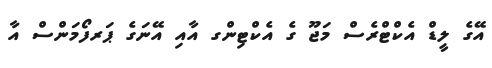
އޭގެ ލީޑް އެކްޓްރެސް މަޖޫ ގެ އެކްޓިންގ އާއި އޭނަގެ ޕަރފޯމަންސް އާ